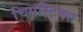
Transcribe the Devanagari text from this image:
चिपस्टिक्स